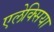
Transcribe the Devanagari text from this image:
एलेक्सिया